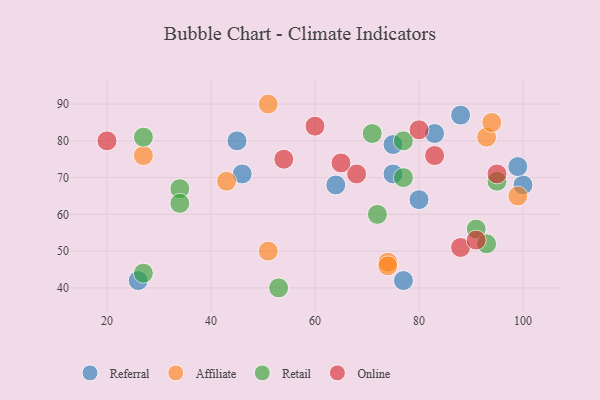
{"axis": {"x": "GDP", "y": "Life Expectancy"}, "legend": ["Affiliate", "Online", "Referral", "Retail"], "data": [{"x": "88", "y": 87, "type": "Referral"}, {"x": "77", "y": 42, "type": "Referral"}, {"x": "64", "y": 68, "type": "Referral"}, {"x": "83", "y": 82, "type": "Referral"}, {"x": "80", "y": 64, "type": "Referral"}, {"x": "100", "y": 68, "type": "Referral"}, {"x": "75", "y": 71, "type": "Referral"}, {"x": "45", "y": 80, "type": "Referral"}, {"x": "75", "y": 79, "type": "Referral"}, {"x": "46", "y": 71, "type": "Referral"}, {"x": "26", "y": 42, "type": "Referral"}, {"x": "99", "y": 73, "type": "Referral"}, {"x": "51", "y": 50, "type": "Affiliate"}, {"x": "74", "y": 47, "type": "Affiliate"}, {"x": "99", "y": 65, "type": "Affiliate"}, {"x": "93", "y": 81, "type": "Affiliate"}, {"x": "43", "y": 69, "type": "Affiliate"}, {"x": "51", "y": 90, "type": "Affiliate"}, {"x": "74", "y": 46, "type": "Affiliate"}, {"x": "94", "y": 85, "type": "Affiliate"}, {"x": "27", "y": 76, "type": "Affiliate"}, {"x": "91", "y": 56, "type": "Retail"}, {"x": "72", "y": 60, "type": "Retail"}, {"x": "77", "y": 70, "type": "Retail"}, {"x": "27", "y": 81, "type": "Retail"}, {"x": "93", "y": 52, "type": "Retail"}, {"x": "71", "y": 82, "type": "Retail"}, {"x": "27", "y": 44, "type": "Retail"}, {"x": "95", "y": 69, "type": "Retail"}, {"x": "77", "y": 80, "type": "Retail"}, {"x": "53", "y": 40, "type": "Retail"}, {"x": "34", "y": 67, "type": "Retail"}, {"x": "34", "y": 63, "type": "Retail"}, {"x": "20", "y": 80, "type": "Online"}, {"x": "88", "y": 51, "type": "Online"}, {"x": "80", "y": 83, "type": "Online"}, {"x": "83", "y": 76, "type": "Online"}, {"x": "68", "y": 71, "type": "Online"}, {"x": "54", "y": 75, "type": "Online"}, {"x": "91", "y": 53, "type": "Online"}, {"x": "65", "y": 74, "type": "Online"}, {"x": "60", "y": 84, "type": "Online"}, {"x": "95", "y": 71, "type": "Online"}]}